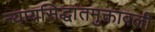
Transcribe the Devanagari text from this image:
न्यायसिद्धांतमुक्तावली